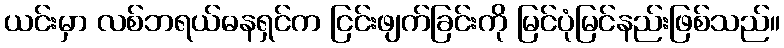
ယင်းမှာ လစ်ဘရယ်ဓနရှင်က ငြင်းဖျက်ခြင်းကို မြင်ပုံမြင်နည်းဖြစ်သည်။